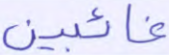
غائبين